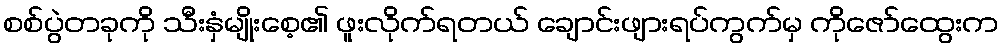
စစ်ပွဲတခုကို သီးနှံမျိုးစေ့၏ ဖူးလိုက်ရတယ် ချောင်းဖျားရပ်ကွက်မှ ကိုဇော်ထွေးက